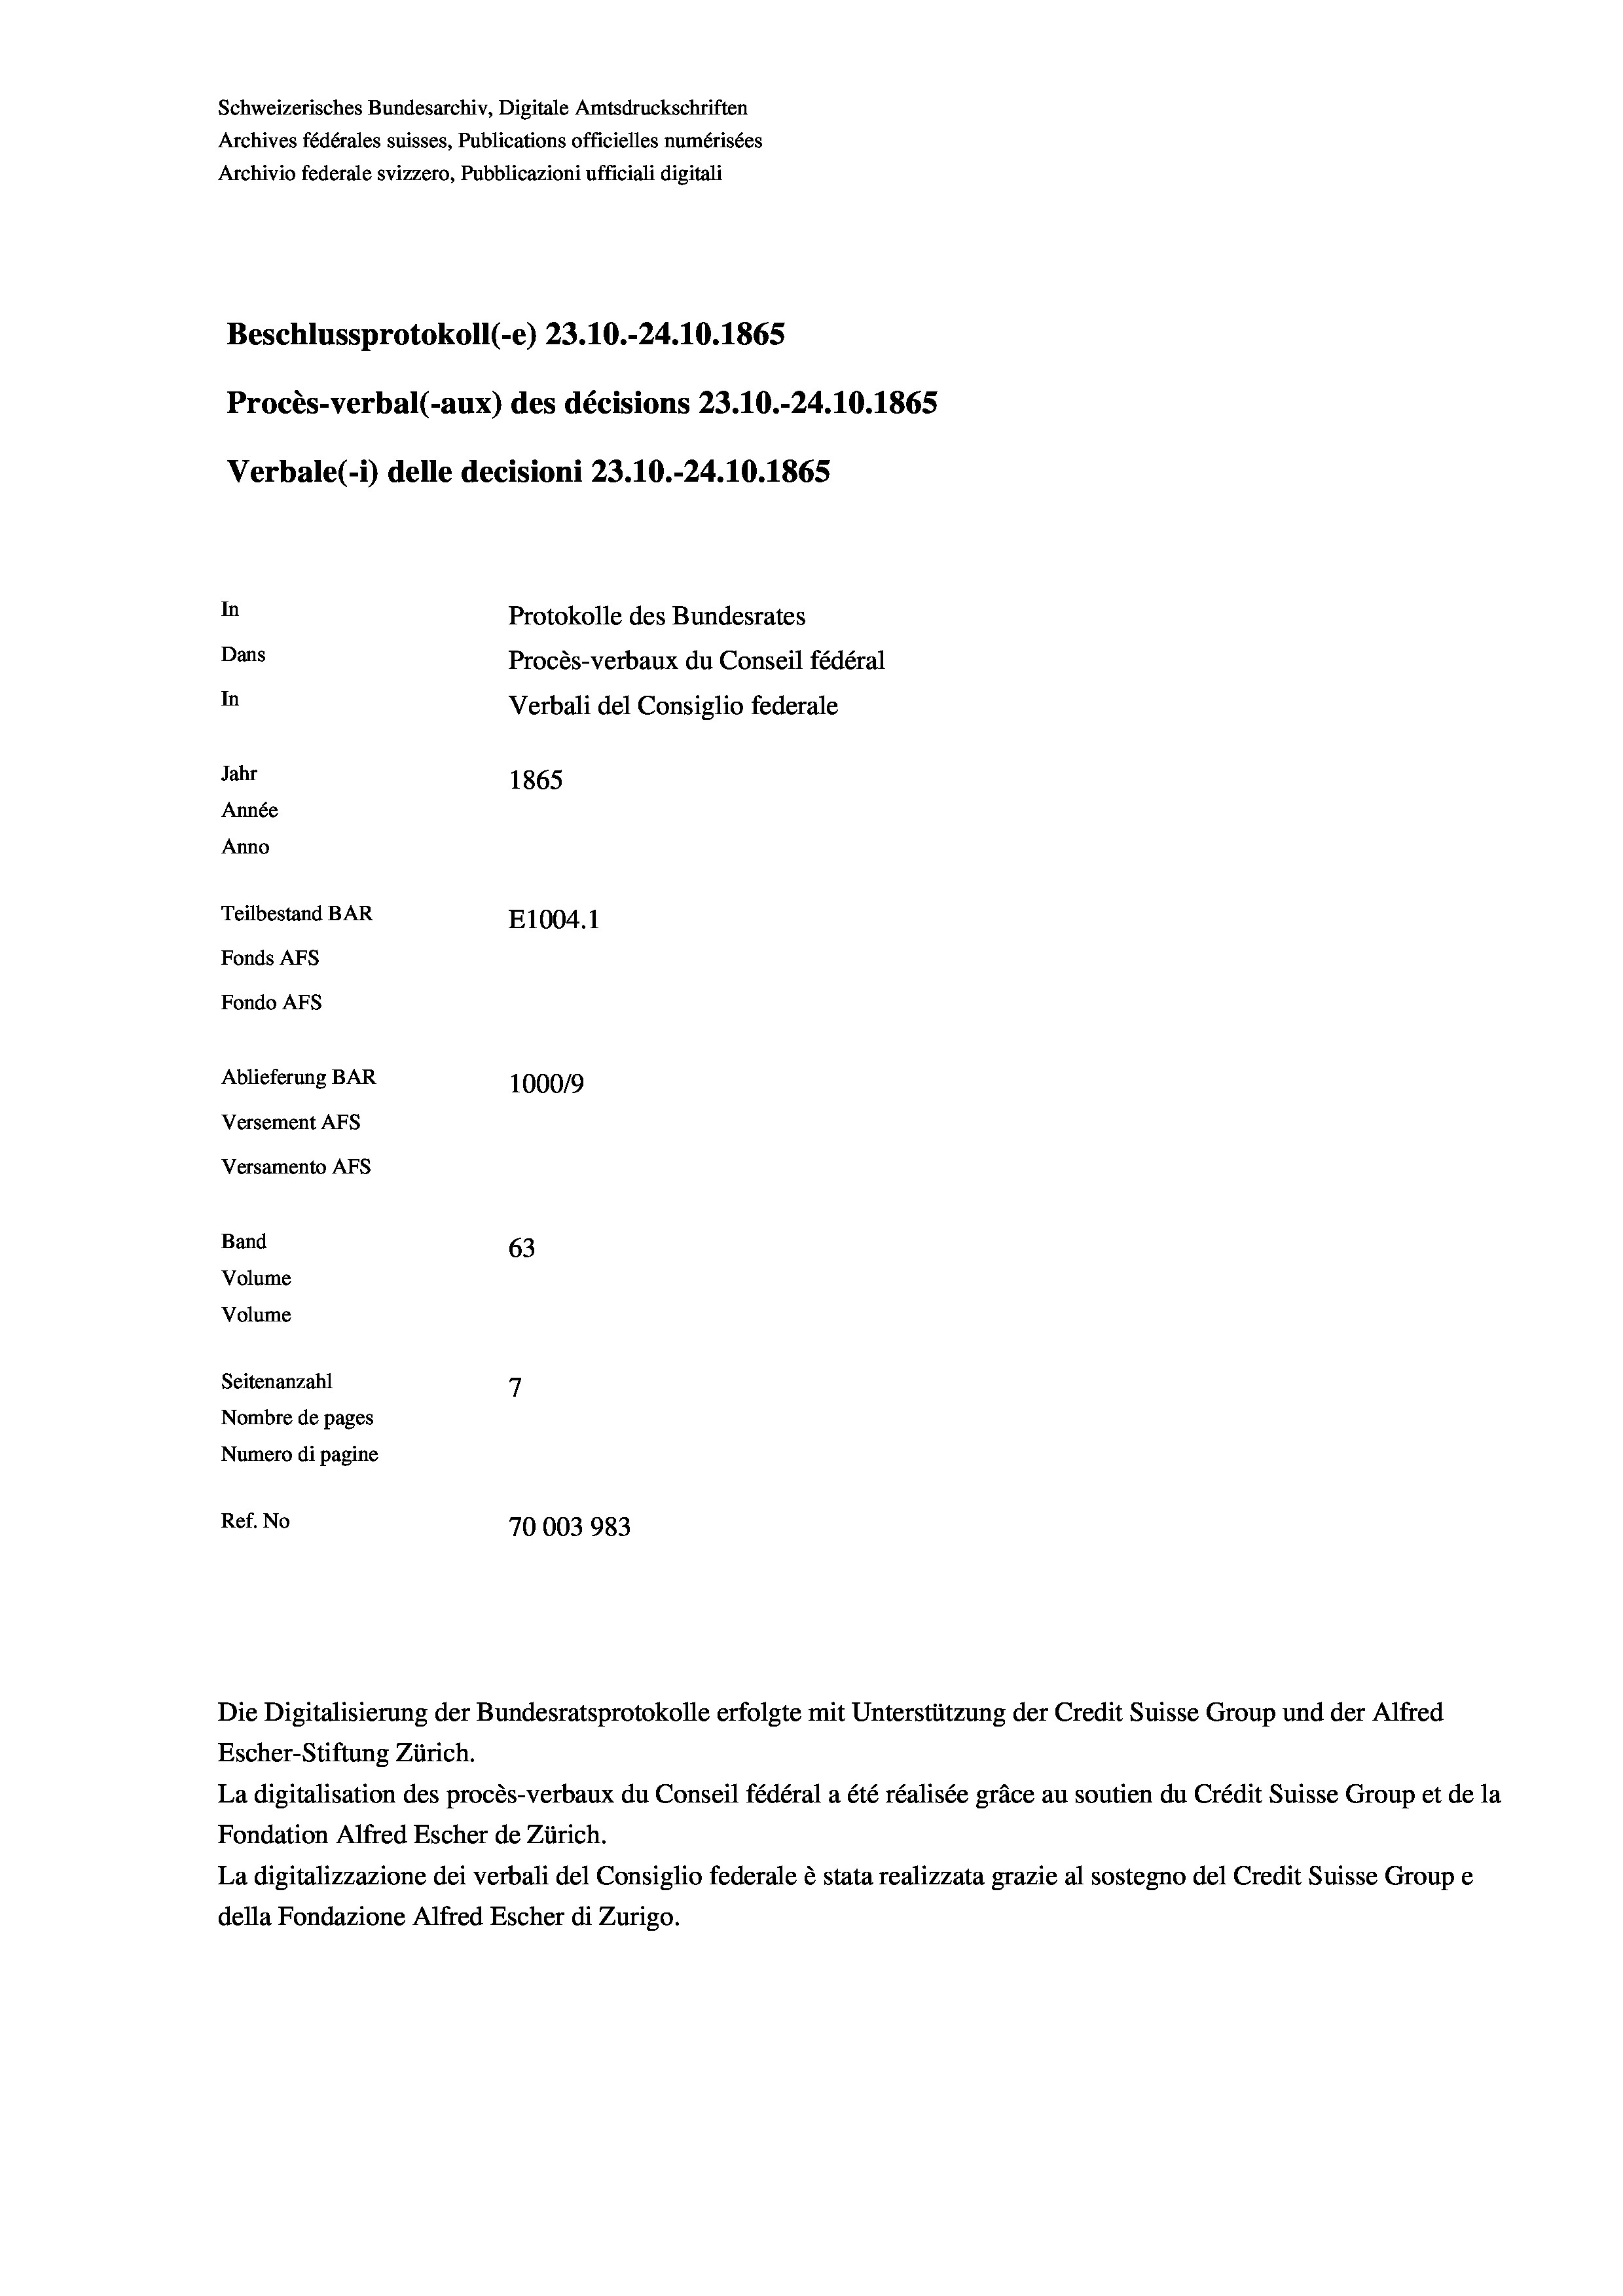
Schweizerisches Bundesarchiv, Digitale Amtsdruckschriften
Archives fédérales suisses, Publications officielles numérisées
Archivio federale svizzero, Pubblicazioni ufficiali digitali
Beschlussprotokoll (-e) 23.10.-24.10.1865
Procès-verbal (-aux) des décisions 23.10.-24.10.1865
Verbale (- 1) delle decisioni 23.10.-24.10.1865
In
Protokolle des Bundesrates
Dans
Procès-verbaux du Conseil fédéral
In
Verbali del Consiglio federale
Jahr
1865
Année
Anno
Teilbestand BAR
E1004.1
Fonds AFs
Fondo AFs
Ablieferung BAR
100019
Versement AFs
Versamento AFs

Band
Volume
Volume
Seitenanzahl

63
7
Nombre de pages
Numero di pagine
Ref. No
70003983

Escher-Stiftung Zürich.
La digitalisation des procès-verbaux du Conseil fédéral a été réalisée gräce au soutien du Crédit Suisse Group et de la
Fondation Alfred Escher de Zürich.
La digitalizzazione dei verbali del Consiglio federale è stata realizzata grazie al sostegno del Credit Suisse Groupe
della Fondazione Alfred Escher di Zurigo.

Die Digitalisierung der Bundesratsprotokolle erfolgte mit Unterstützung der Credit Suisse Group und der Alfred